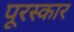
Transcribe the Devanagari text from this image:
पूरस्कार